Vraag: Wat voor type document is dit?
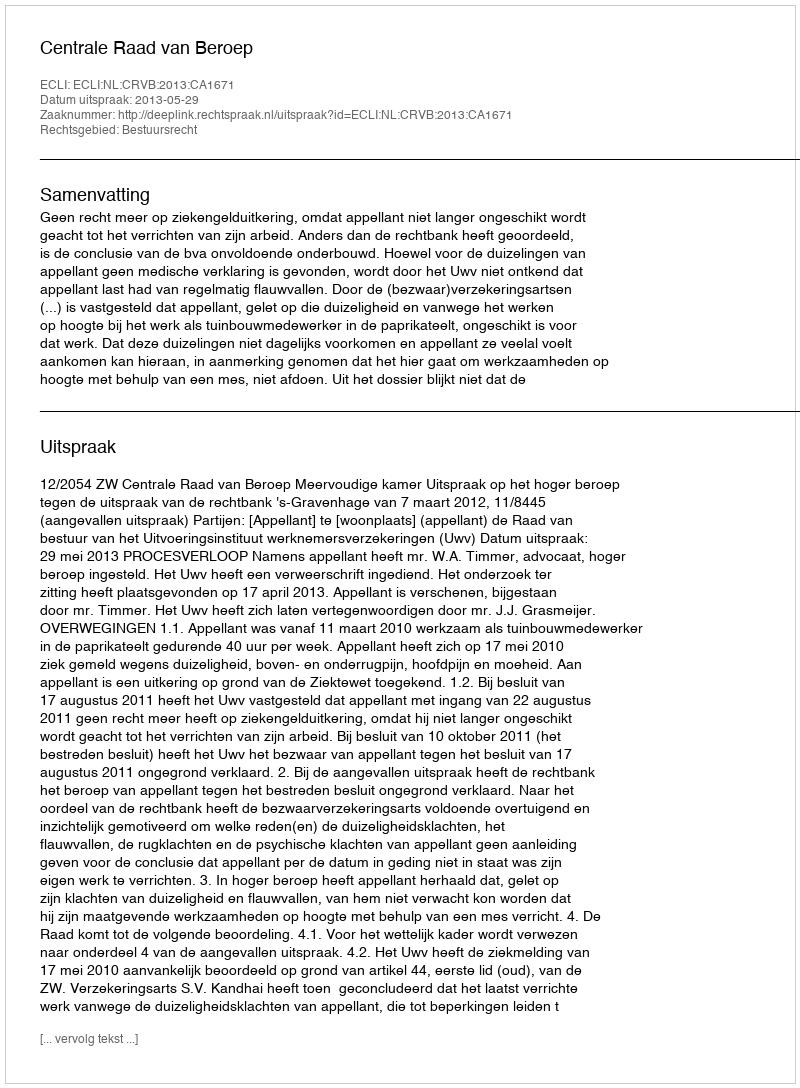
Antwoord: Uitspraak